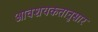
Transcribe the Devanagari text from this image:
आवशयकतानुसार